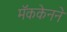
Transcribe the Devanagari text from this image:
मॅककेनने